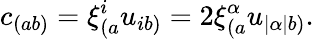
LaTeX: c_{(ab)}=\xi_{(a}^{i}u_{ib)}=2\xi_{(a}^{\alpha}u_{|\alpha|b)}.